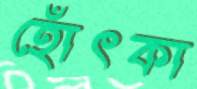
হোঁৎকা